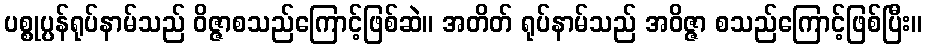
ပစ္စုပ္ပန်ရုပ်နာမ်သည် ဝိဇ္ဇာစသည်ကြောင့်ဖြစ်ဆဲ။ အတိတ် ရုပ်နာမ်သည် အဝိဇ္ဇာ စသည်ကြောင့်ဖြစ်ပြီး။